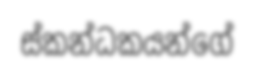
ස්කන්ධකයන්ගේ